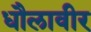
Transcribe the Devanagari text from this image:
धौलावीर